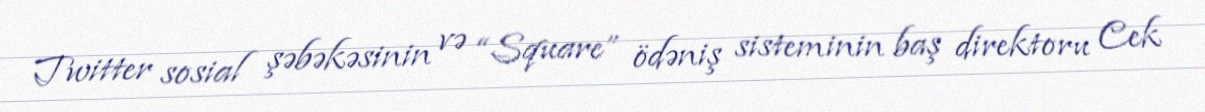
Twitter sosial şəbəkəsinin və “Square” ödəniş sisteminin baş direktoru Cek